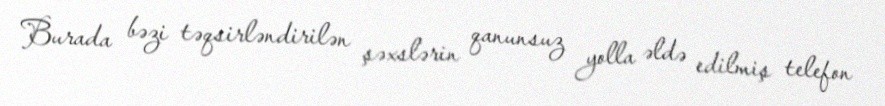
Burada bəzi təqsirləndirilən şəxslərin qanunsuz yolla əldə edilmiş telefon